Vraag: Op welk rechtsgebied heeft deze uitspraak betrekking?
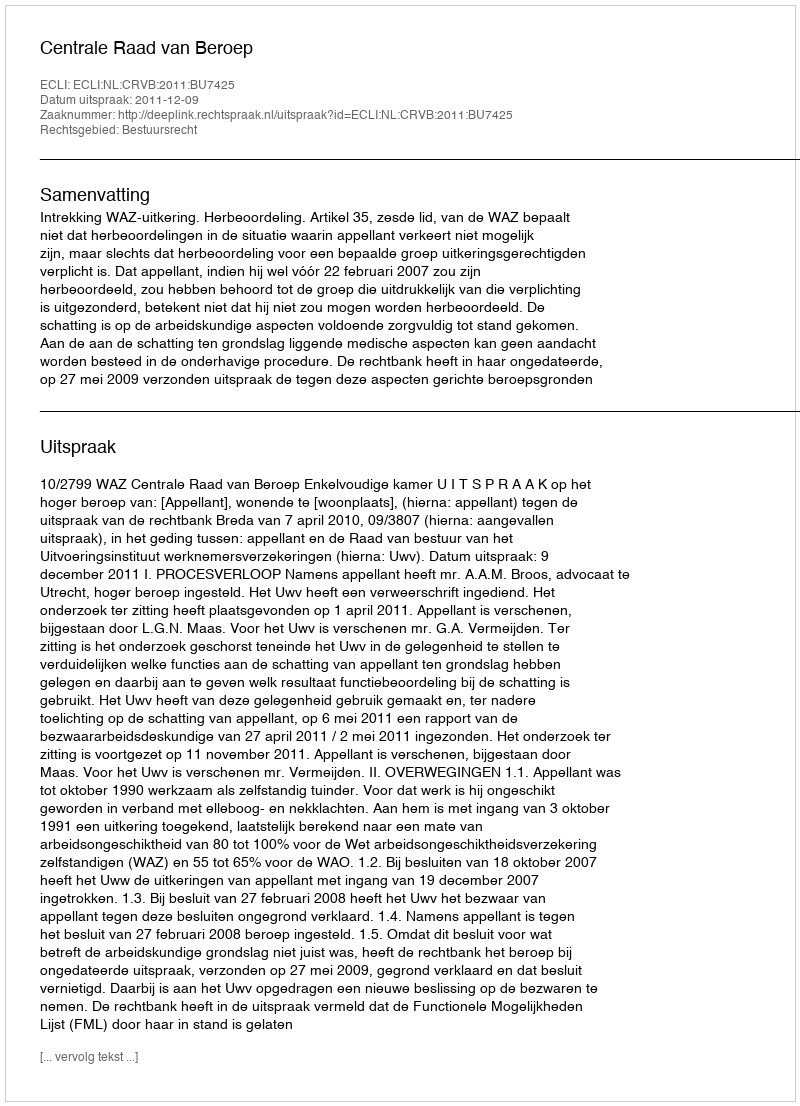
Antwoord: Bestuursrecht